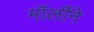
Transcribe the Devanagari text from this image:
मॉर्लीने